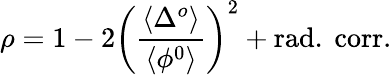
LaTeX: \rho=1-2\left(\frac{\langle\Delta^{o}\rangle}{\langle\phi^{0}\rangle}\right)^{2}+\mathrm{rad.~corr.}